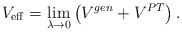
\begin{align*}V_{\rm eff}=\lim_{\lambda\rightarrow 0} \left(V^{gen}+V^{PT}\right).\end{align*}